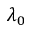
\lambda _ { 0 }